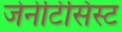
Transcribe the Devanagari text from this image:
जेनेटिसिस्ट